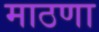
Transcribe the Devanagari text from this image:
माठणा